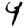
Digit: 4